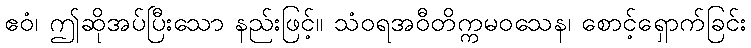
ဧဝံ၊ ဤဆိုအပ်ပြီးသော နည်းဖြင့်။ သံဝရအဝီတိက္ကမဝသေန၊ စောင့်ရှောက်ခြင်း